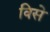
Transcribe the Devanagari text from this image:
विसे